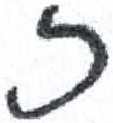
אות: ז